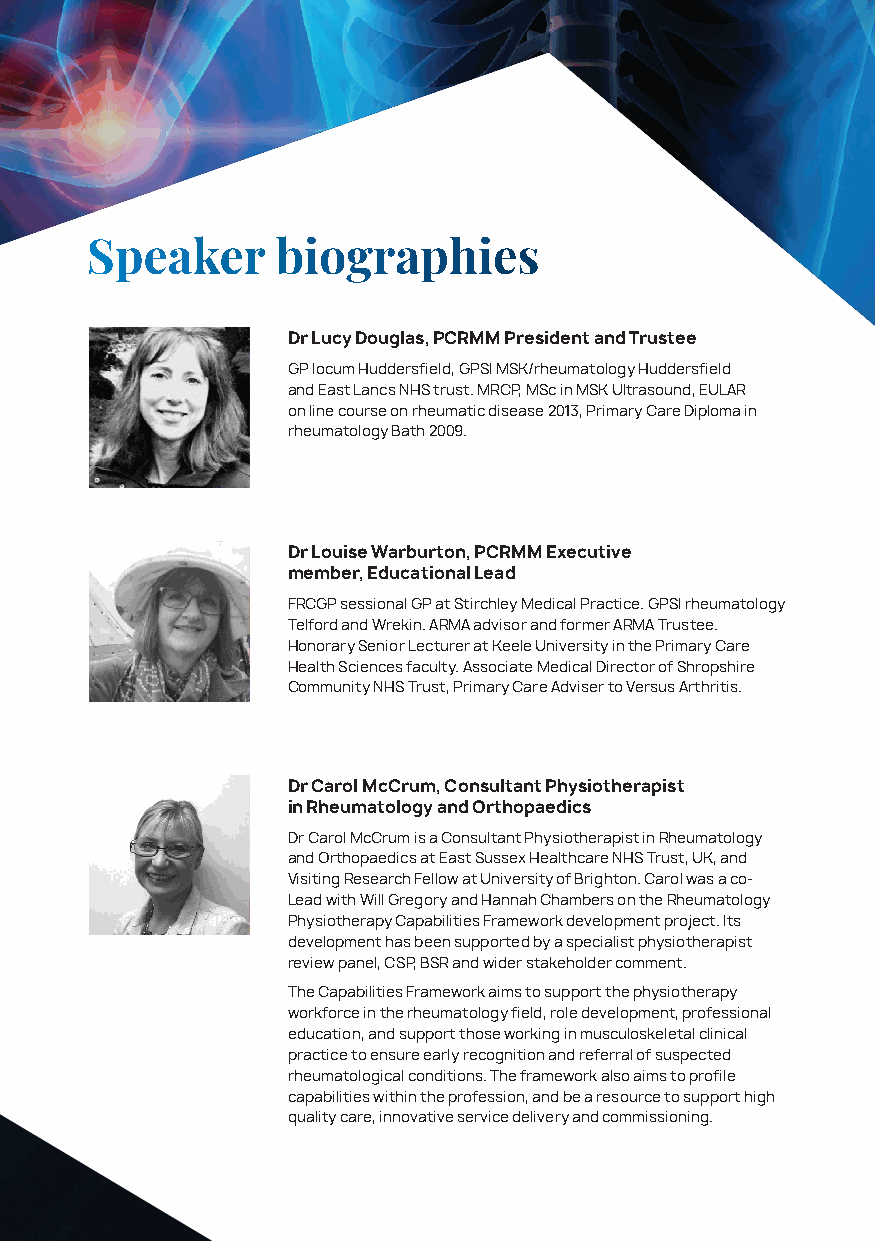
Speaker     biographies
 Dr Lucy Douglas, PCRMM President and Trustee
 GP locum Huddersfield, GPSI MSK/rheumatology Huddersfield
 and East Lancs NHS trust. MRCP, MSc in MSK Ultrasound, EULAR
 on line course on rheumatic disease 2013, Primary Care Diploma in
 rheumatology Bath 2009.
 Dr Louise Warburton, PCRMM Executive
 member, Educational Lead
 FRCGP sessional GP at Stirchley Medical Practice. GPSI rheumatology
 Telford and Wrekin. ARMA advisor and former ARMA Trustee.
 Honorary Senior Lecturer at Keele University in the Primary Care
 Health Sciences faculty. Associate Medical Director of Shropshire
 Community NHS Trust, Primary Care Adviser to Versus Arthritis.
 Dr Carol McCrum, Consultant Physiotherapist
 in Rheumatology and Orthopaedics
 Dr Carol McCrum is a Consultant Physiotherapist in Rheumatology
 and Orthopaedics at East Sussex Healthcare NHS Trust, UK, and
 Visiting Research Fellow at University of Brighton. Carol was a co-
 Lead with Will Gregory and Hannah Chambers on the Rheumatology
 Physiotherapy Capabilities Framework development project. Its
 development has been supported by a specialist physiotherapist
 review panel, CSP, BSR and wider stakeholder comment.
 The Capabilities Framework aims to support the physiotherapy
 workforce in the rheumatology field, role development, professional
 education, and support those working in musculoskeletal clinical
 practice to ensure early recognition and referral of suspected
 rheumatological conditions. The framework also aims to profile
 capabilities within the profession, and be a resource to support high
 quality care, innovative service delivery and commissioning.